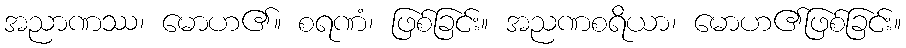
အညာဏဿ၊ မောဟ၏။ စရဏံ၊ ဖြစ်ခြင်း။ အညဏစရိယာ၊ မောဟ၏ဖြစ်ခြင်း။